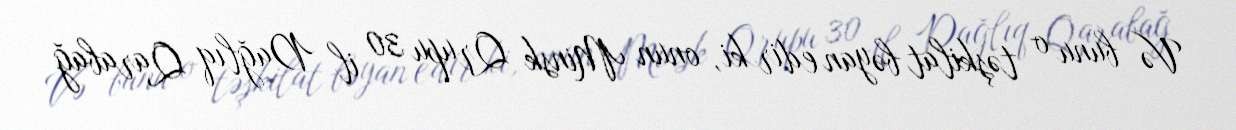
Və bunu o təşkilat bəyan edir ki, onun Minsk Qrupu 30 il Dağlıq Qarabağ